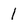
Character: I